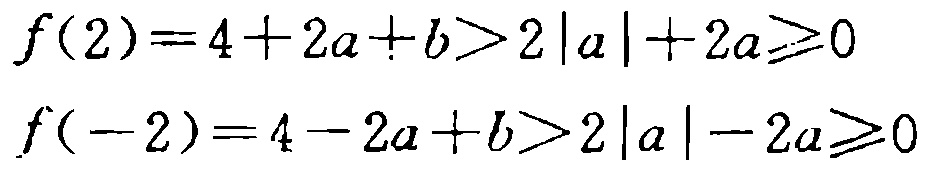
\[
\begin{align*}
f(2)&=4 + 2a + b>2|a|+2a\geqslant0\\
f(-2)&=4 - 2a + b>2|a|-2a\geqslant0
\end{align*}
\]